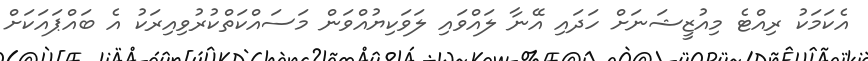
އެކަމަކު ރިއްޓެ މިއުޒީޝަނަށް ހަދައި އޭނާ ލައްވައި ލަވަކިޔުއްވަން މަސައްކަތްކުރުވިއިރަކު އެ ބައްޕައަކަށް